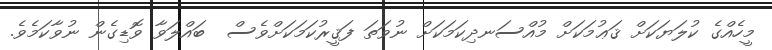
މީހެއްގެ ކުލަޔަކަށް ޤަޢުމަކަށް މުއްސަނދިކަމަކަށް ނުވަތަ ފަޤީރުކަމަކަށްވެސް  ބައްލަވާ ވޮޑިގެން ނުވާކަމެވެ.